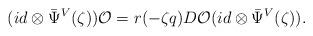
LaTeX: \begin{align*}(id \otimes {\bar \Psi}^V(\zeta)){\cal O}=r(-\zeta q)D{\cal O}(id \otimes {\bar \Psi}^V(\zeta)).\end{align*}